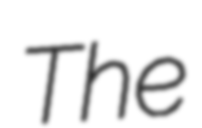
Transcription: The